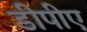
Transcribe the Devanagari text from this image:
डीपीए